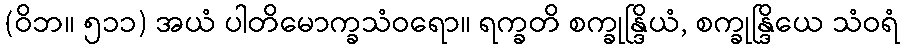
(ဝိဘ။ ၅၁၁) အယံ ပါတိမောက္ခသံဝရော။ ရက္ခတိ စက္ခုန္ဒြိယံ, စက္ခုန္ဒြိယေ သံဝရံ